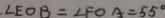
. \angle E O B = \angle F O A = 5 5 ^ { \circ }